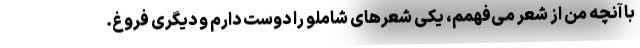
با آنچه من از شعر می‌فهمم، یکی شعرهای شاملو را دوست دارم و دیگری فروغ.